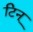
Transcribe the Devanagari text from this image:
टिन्